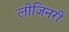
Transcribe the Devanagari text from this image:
लीजिनरी